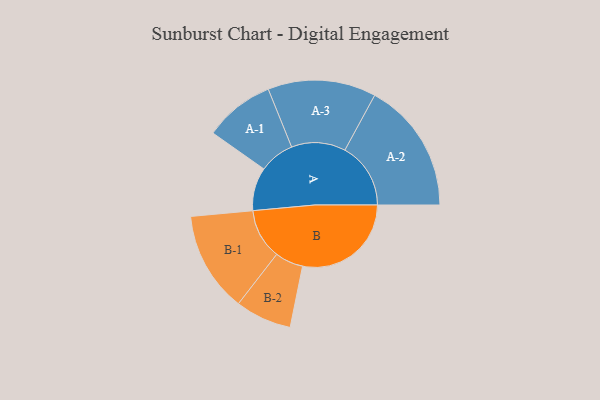
{"axis": {"x": "Segment", "y": "Value"}, "legend": ["", "A", "B"], "data": [{"x": "A", "y": 192, "type": ""}, {"x": "B", "y": 482, "type": ""}, {"x": "A-1", "y": 156, "type": "A"}, {"x": "A-2", "y": 292, "type": "A"}, {"x": "A-3", "y": 240, "type": "A"}, {"x": "B-1", "y": 223, "type": "B"}, {"x": "B-2", "y": 125, "type": "B"}]}